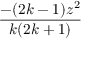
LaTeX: \frac { - ( 2 k - 1 ) z ^ { 2 } } { k ( 2 k + 1 ) }